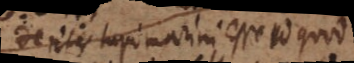
Dentes lupi marini esse id quod